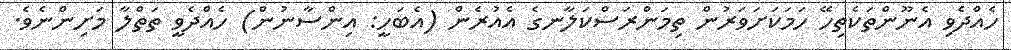
ހެއްދެވި އެނޫންތަކެތިހޭ ހަމަކަށަވަރުން ތިމަންރަސްކަލާނގެ އެއުރެން (އެބަހީ: އިންސާނުން) ހެއްދެވީ ތަތްލާ މަށިންނެވެ.